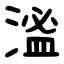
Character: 㴵